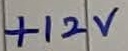
Text: +12V